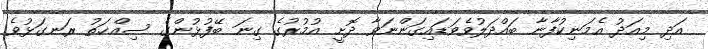
އަދި މިއަދު އެމަނިކުފާނާ ބައްދަލުވެވަޑައިގަންނަވާ ދޮށީ އުމުރުގެ ގިނަ ބޭފުޅުންގެ ސިއްޚަތު ރަނގަޅުވެ